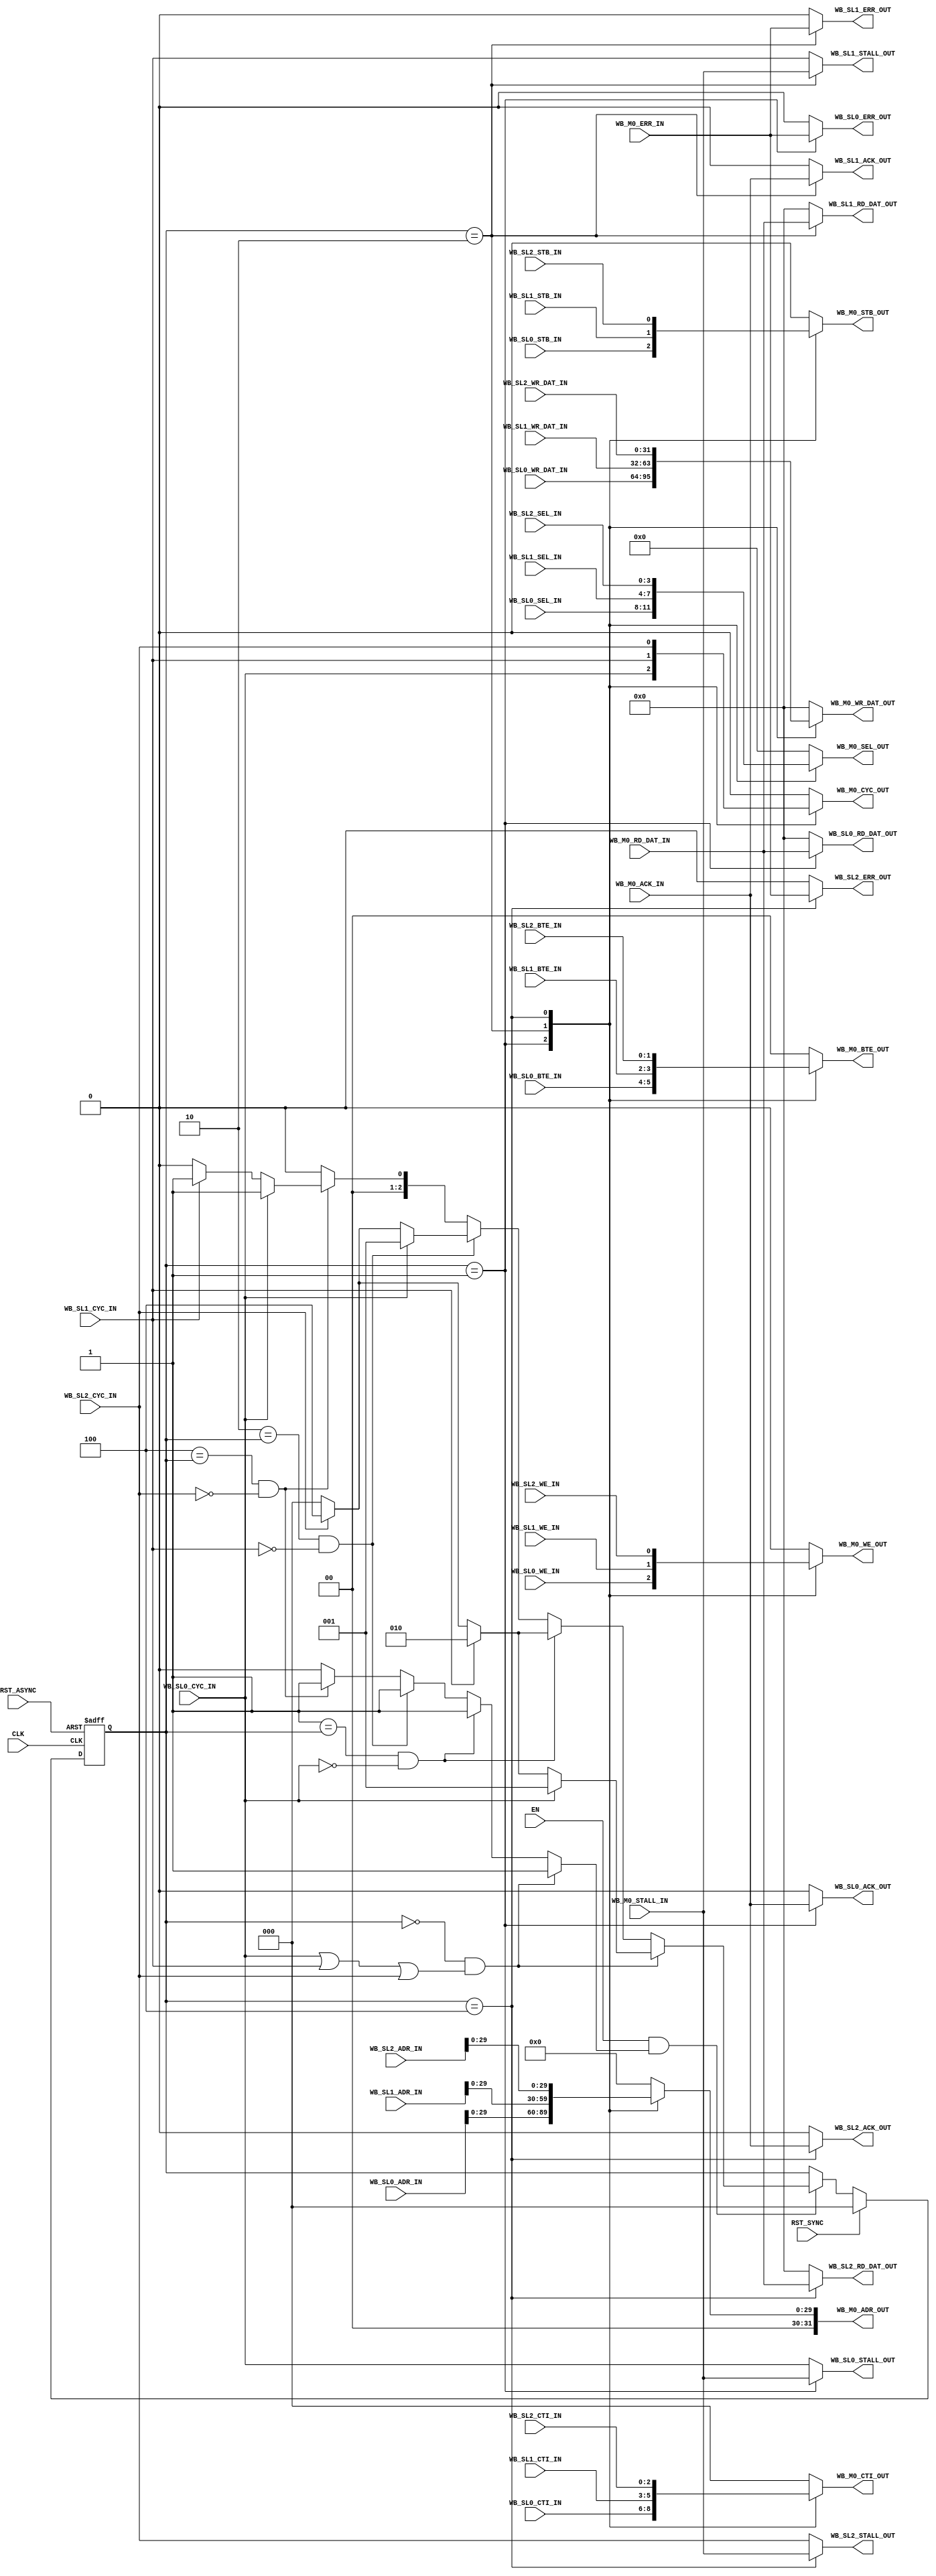
module WB_ARB_3M_1S
   (
    // Clocks and resets
    input          CLK          ,
    input          EN           ,
    input          RST_SYNC     , 
    input          RST_ASYNC    , 

    // Wishbone SLAVE interface (connect to WB MASTER)
    input   [31:0] WB_SL0_ADR_IN     ,
    input          WB_SL0_CYC_IN     ,
    input          WB_SL0_STB_IN     ,
    input          WB_SL0_WE_IN      ,
    input   [ 3:0] WB_SL0_SEL_IN     ,
    input   [ 2:0] WB_SL0_CTI_IN     , // Cycle Type - 3'h0 = classic, 3'h1 = const addr burst, 3'h2 = incr addr burst, 3'h7 = end of burst
    input   [ 1:0] WB_SL0_BTE_IN     , // Burst Type - 2'h0 = linear burst, 2'h1 = 4-beat wrap, 2'h2 = 8-beat wrap, 2'h3 = 16-beat wrap

    output         WB_SL0_STALL_OUT  ,
    output         WB_SL0_ACK_OUT    ,
    output         WB_SL0_ERR_OUT    ,

    output  [31:0] WB_SL0_RD_DAT_OUT ,
    input   [31:0] WB_SL0_WR_DAT_IN  ,

    // Wishbone SLAVE interface (connect to WB MASTER)
    input   [31:0] WB_SL1_ADR_IN     ,
    input          WB_SL1_CYC_IN     ,
    input          WB_SL1_STB_IN     ,
    input          WB_SL1_WE_IN      ,
    input   [ 3:0] WB_SL1_SEL_IN     ,
    input   [ 2:0] WB_SL1_CTI_IN     , // Cycle Type - 3'h0 = classic, 3'h1 = const addr burst, 3'h2 = incr addr burst, 3'h7 = end of burst 
    input   [ 1:0] WB_SL1_BTE_IN     , // Burst Type - 2'h0 = linear burst, 2'h1 = 4-beat wrap, 2'h2 = 8-beat wrap, 2'h3 = 16-beat wrap

    output         WB_SL1_STALL_OUT  ,
    output         WB_SL1_ACK_OUT    ,
    output         WB_SL1_ERR_OUT    ,

    output  [31:0] WB_SL1_RD_DAT_OUT ,
    input   [31:0] WB_SL1_WR_DAT_IN  ,

    // Wishbone SLAVE interface (connect to WB MASTER)
    input   [31:0] WB_SL2_ADR_IN     ,
    input          WB_SL2_CYC_IN     ,
    input          WB_SL2_STB_IN     ,
    input          WB_SL2_WE_IN      ,
    input   [ 3:0] WB_SL2_SEL_IN     ,
    input   [ 2:0] WB_SL2_CTI_IN     , // Cycle Type - 3'h0 = classic, 3'h1 = const addr burst, 3'h2 = incr addr burst, 3'h7 = end of burst 
    input   [ 1:0] WB_SL2_BTE_IN     , // Burst Type - 2'h0 = linear burst, 2'h1 = 4-beat wrap, 2'h2 = 8-beat wrap, 2'h3 = 16-beat wrap

    output         WB_SL2_STALL_OUT  ,
    output         WB_SL2_ACK_OUT    ,
    output         WB_SL2_ERR_OUT    ,

    output  [31:0] WB_SL2_RD_DAT_OUT ,
    input   [31:0] WB_SL2_WR_DAT_IN  ,

    // Wishbone MASTER interface (connect to WB SLAVE)
    output  [31:0] WB_M0_ADR_OUT     ,
    output         WB_M0_CYC_OUT     ,
    output         WB_M0_STB_OUT     ,
    output         WB_M0_WE_OUT      ,
    output  [ 3:0] WB_M0_SEL_OUT     ,
    output  [ 2:0] WB_M0_CTI_OUT     , // Cycle Type - 3'h0 = classic, 3'h1 = const addr burst, 3'h2 = incr addr burst, 3'h7 = end of burst
    output  [ 1:0] WB_M0_BTE_OUT     , // Burst Type - 2'h0 = linear burst, 2'h1 = 4-beat wrap, 2'h2 = 8-beat wrap, 2'h3 = 16-beat wrap

    input          WB_M0_STALL_IN    ,
    input          WB_M0_ACK_IN      ,
    input          WB_M0_ERR_IN      ,

    input   [31:0] WB_M0_RD_DAT_IN   ,
    output  [31:0] WB_M0_WR_DAT_OUT 
    );

   // wires / regs
   reg  [2:0] 	   WbArbGnt      ; 
   reg  [2:0] 	   WbArbGntReg   ;
   reg   	   WbArbGntRegEn ;


   // Currently granted Wishbone Master signals
   // Master to Slave
   reg [31:2] 	   WbAdr       ;
   reg 		   WbCyc       ;
   reg 		   WbStb       ;
   reg 		   WbWe        ;
   reg [ 3:0] 	   WbSel       ;
   reg [ 2:0] 	   WbCti       ;
   reg [ 1:0] 	   WbBte       ;
   reg [31:0] 	   WbWrDat     ;

   // Slave to Master
   reg 		   WbStall     ;
   reg 		   WbAck       ;
   reg 		   WbErr       ;
   reg [31:0] 	   WbRdDat     ;



   // External assigns

   // Demux the WB Slaves connected
   assign WB_M0_ADR_OUT     = WbAdr   ;
   assign WB_M0_CYC_OUT     = WbCyc   ;
   assign WB_M0_STB_OUT     = WbStb   ;
   assign WB_M0_WE_OUT      = WbWe    ;
   assign WB_M0_SEL_OUT     = WbSel   ;
   assign WB_M0_CTI_OUT     = WbCti   ;
   assign WB_M0_BTE_OUT     = WbBte   ;
   assign WB_M0_WR_DAT_OUT  = WbWrDat ;

   // Return the WB Slave to Master signals.
   // The STALL output is equivalent to the GNT from an arbiter. It is set as follows:
   // - For the selected master, the STALL comes from the slave.
   // - For the un-selected master, or no-one has been selected, the STALL comes back from the incoming CYC
   assign WB_SL0_STALL_OUT  = (WbArbGntReg == 3'b001) ? WB_M0_STALL_IN   : WB_SL0_CYC_IN ;
   assign WB_SL0_ACK_OUT    = (WbArbGntReg == 3'b001) ? WB_M0_ACK_IN     : 1'b0 ;
   assign WB_SL0_ERR_OUT    = (WbArbGntReg == 3'b001) ? WB_M0_ERR_IN     : 1'b0 ;
   assign WB_SL0_RD_DAT_OUT = (WbArbGntReg == 3'b001) ? WB_M0_RD_DAT_IN  : 32'h0000_0000 ;

   assign WB_SL1_STALL_OUT  = (WbArbGntReg == 3'b010) ? WB_M0_STALL_IN   : WB_SL1_CYC_IN ;
   assign WB_SL1_ACK_OUT    = (WbArbGntReg == 3'b010) ? WB_M0_ACK_IN     : 1'b0 ;
   assign WB_SL1_ERR_OUT    = (WbArbGntReg == 3'b010) ? WB_M0_ERR_IN     : 1'b0 ;
   assign WB_SL1_RD_DAT_OUT = (WbArbGntReg == 3'b010) ? WB_M0_RD_DAT_IN  : 32'h0000_0000 ;

   assign WB_SL2_STALL_OUT  = (WbArbGntReg == 3'b100) ? WB_M0_STALL_IN   : WB_SL2_CYC_IN ;
   assign WB_SL2_ACK_OUT    = (WbArbGntReg == 3'b100) ? WB_M0_ACK_IN     : 1'b0 ;
   assign WB_SL2_ERR_OUT    = (WbArbGntReg == 3'b100) ? WB_M0_ERR_IN     : 1'b0 ;
   assign WB_SL2_RD_DAT_OUT = (WbArbGntReg == 3'b100) ? WB_M0_RD_DAT_IN  : 32'h0000_0000 ;


   // Decode who is going to be granted the bus access. The CYC input is used as an arbiter
   // request line from the master
   always @*
   begin : GNT_DECODE

      // By default, keep the current settings
      WbArbGntRegEn = 1'b0;
      WbArbGnt      = 3'b000;

      // No-one is currently granted, and at least one request comes in.
      // => simple, just grant the highest priority master.
      if ((3'b000 == WbArbGntReg) && (WB_SL0_CYC_IN || WB_SL1_CYC_IN  || WB_SL2_CYC_IN))
      begin
	 // Need to change grant value
	 WbArbGntRegEn = 1'b1;
	 // Choose the highest priority master
	 if (WB_SL0_CYC_IN)
	 begin
	    WbArbGnt = 3'b001;
	 end
	 else if (WB_SL1_CYC_IN)
	 begin
	    WbArbGnt = 3'b010;
	 end
	 else if (WB_SL2_CYC_IN)
	 begin
	    WbArbGnt = 3'b100;
	 end
      end

      // Master 0 currently selected, but not requesting
      else if ((3'b001 == WbArbGntReg) && !WB_SL0_CYC_IN)
      begin
	 WbArbGntRegEn = 1'b1;
	 if (WB_SL1_CYC_IN)
	 begin
	    WbArbGnt = 3'b010;
	 end
	 else if (WB_SL2_CYC_IN)
	 begin
	    WbArbGnt = 3'b100;
	 end
	 else
	 begin
	    WbArbGnt = 3'b000;
	 end
      end

      // Master 1 currently selected, but not requesting any more
      else if ((3'b010 == WbArbGntReg) && !WB_SL1_CYC_IN)
      begin
	 WbArbGntRegEn = 1'b1;
	 if (WB_SL0_CYC_IN)
	 begin
	    WbArbGnt = 3'b001;
	 end
	 else if (WB_SL2_CYC_IN)
	 begin
	    WbArbGnt = 3'b100;
	 end
	 else
	 begin
	    WbArbGnt = 3'b000;
	 end
      end

      // Master 2 currently selected, but not requesting any more
      else if ((3'b100 == WbArbGntReg) && !WB_SL2_CYC_IN)
      begin
	 WbArbGntRegEn = 1'b1;
	 if (WB_SL0_CYC_IN)
	 begin
	    WbArbGnt = 3'b001;
	 end
	 else if (WB_SL1_CYC_IN)
	 begin
	    WbArbGnt = 3'b001;
	 end
	 else
	 begin
	    WbArbGnt = 3'b000;
	 end
      end
   end
   
   
    // Register the Grant signal back to WB Masters
    always @(posedge CLK or posedge RST_ASYNC)
    begin : GNT_REG
       if (RST_ASYNC)
       begin
 	 WbArbGntReg <= 3'b000;
       end
       else if (RST_SYNC)
       begin
 	 WbArbGntReg <= 3'b000;
       end
       else if (EN && WbArbGntRegEn)
       begin
 	 WbArbGntReg <= WbArbGnt;
       end
    end

   // Mux the MAster -> Slave signals according to which master was granted
   always @(*)
   begin : MASTER_TO_SLAVE_MUX
      
      WbAdr    = 32'h0000_0000;
      WbCyc    = 1'b0;
      WbStb    = 1'b0;
      WbWe     = 1'b0;
      WbSel    = 4'b0000;
      WbCti    = 3'b000;
      WbBte    = 2'b00;
      WbWrDat  = 32'h0000_0000;
      
      case (WbArbGntReg)
	3'b001 :
	   begin
	      WbAdr    = WB_SL0_ADR_IN     ;
	      WbCyc    = WB_SL0_CYC_IN     ;
	      WbStb    = WB_SL0_STB_IN     ;
	      WbWe     = WB_SL0_WE_IN      ;
	      WbSel    = WB_SL0_SEL_IN     ;
	      WbCti    = WB_SL0_CTI_IN     ;
	      WbBte    = WB_SL0_BTE_IN     ;
	      WbWrDat  = WB_SL0_WR_DAT_IN  ;
	   end	
	3'b010 :
	   begin
	      WbAdr    = WB_SL1_ADR_IN     ;
	      WbCyc    = WB_SL1_CYC_IN     ;
	      WbStb    = WB_SL1_STB_IN     ;
	      WbWe     = WB_SL1_WE_IN      ;
	      WbSel    = WB_SL1_SEL_IN     ;
	      WbCti    = WB_SL1_CTI_IN     ;
	      WbBte    = WB_SL1_BTE_IN     ;
	      WbWrDat  = WB_SL1_WR_DAT_IN  ;
	   end
	3'b100 :
	   begin
	      WbAdr    = WB_SL2_ADR_IN     ;
	      WbCyc    = WB_SL2_CYC_IN     ;
	      WbStb    = WB_SL2_STB_IN     ;
	      WbWe     = WB_SL2_WE_IN      ;
	      WbSel    = WB_SL2_SEL_IN     ;
	      WbCti    = WB_SL2_CTI_IN     ;
	      WbBte    = WB_SL2_BTE_IN     ;
	      WbWrDat  = WB_SL2_WR_DAT_IN  ;
	   end
      endcase // case (WbArbGnt)
   end
   
endmodule